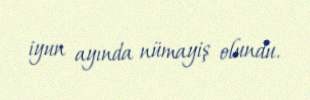
iyun ayında nümayiş olundu.